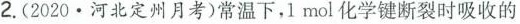
2.(2020·河北定州月考)常温下，1 mol化学键断裂时吸收的